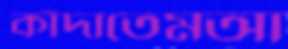
কাঁদাতেমআ